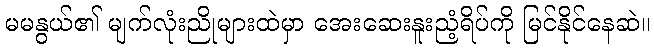
မမနွယ်၏ မျက်လုံးညိုများထဲမှာ အေးဆေးနူးညံ့ရိပ်ကို မြင်နိုင်နေဆဲ။